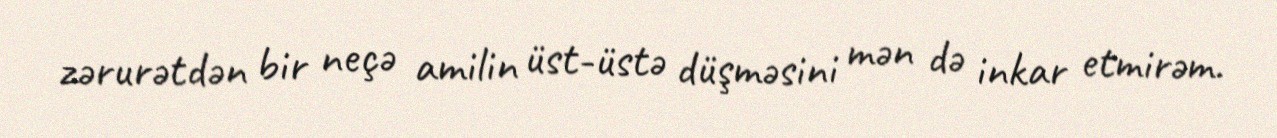
zərurətdən bir neçə amilin üst-üstə düşməsini mən də inkar etmirəm.